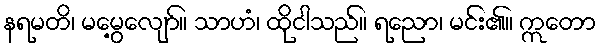
နရမတိ၊ မမွေ့လျော်။ သာဟံ၊ ထိုငါသည်။ ရညော၊ မင်း၏။ ဣတော